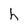
Character: h